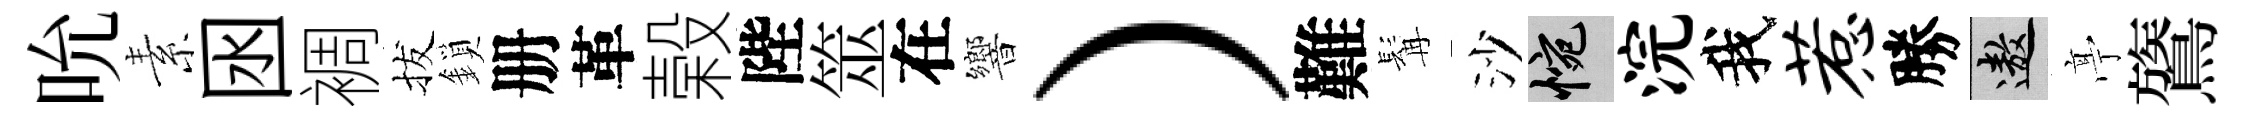
吮素囦裯拔鎖册革榖陛筮在響）難髯沙惋浣我惹勝遨𠅘鷟